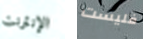
الإنترنت فليست